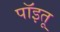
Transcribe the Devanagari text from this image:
पॉइतू